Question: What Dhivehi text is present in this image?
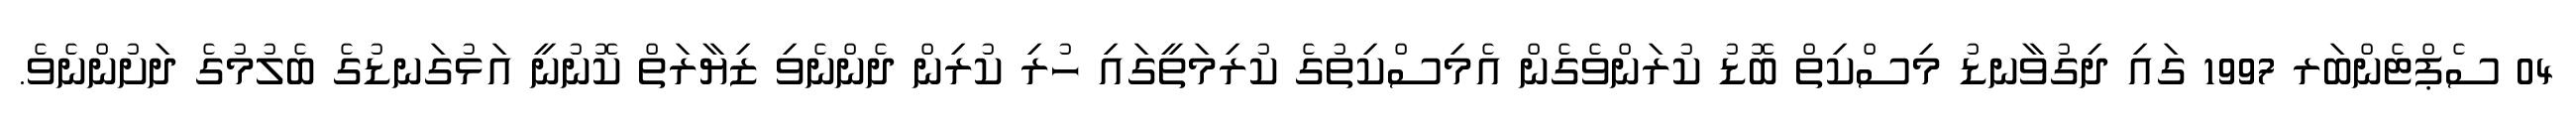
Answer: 04 ސެޕްޓެންބަރ 1997 ގައި ދިގުވާނޑު މިސްކިތް ބޮޑު ކުރަންވެގެން އެމިސްކިތުގެ ކުރިމަތީގައި ހުރި ކުރިން ދެންނެވި ޒިޔާރަތް ކޮނުނީ އަޅުގަނޑުގެ ބެލުމުގެ ދަށުންނެވެ.